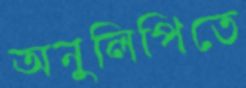
অনুলিপিতে